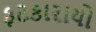
ફટકારાયો